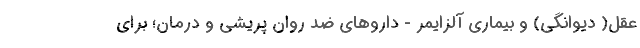
عقل( دیوانگی) و بیماری آلزایمر - داروهای ضد روان پریشی و درمان؛ برای